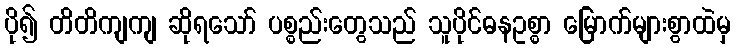
ပို၍ တိတိကျကျ ဆိုရသော် ပစ္စည်းတွေသည် သူပိုင်ဓနဥစ္စာ မြောက်များစွာထဲမှ